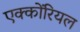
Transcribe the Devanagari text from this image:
एक्कोंरियल